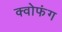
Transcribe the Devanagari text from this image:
क्वोफंग